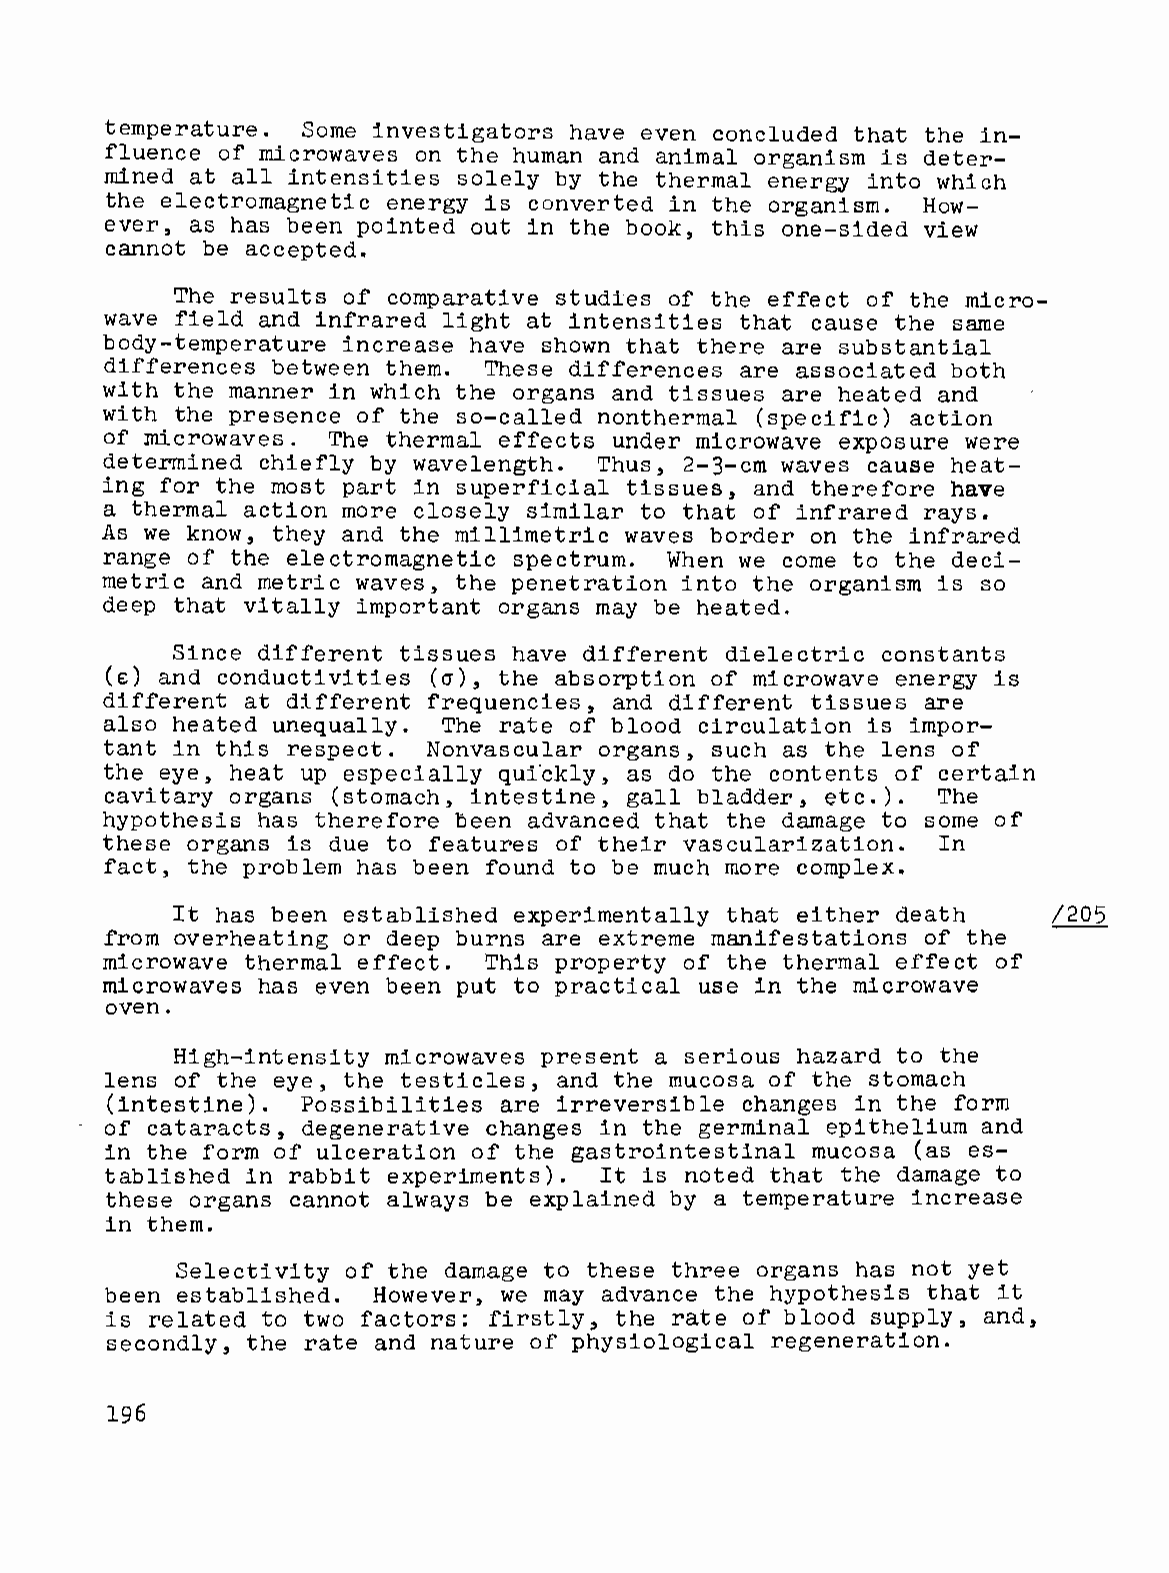
temperature. Some investigators have even concluded that the in
 fluence o~ microwaves on the human and animal organism is deter
 mined at all intensities solely by the thermal energy into which
 the electromagnetic energy is converted in the organism. How
 ever, as has been pointed out in the book, this one-sided view
 cannot be accepted.
 The results o~ comparative studies of the effect of the micro
 wave      and         light at intensities that cause the same
 ~ield    in~rared
 body-temperature increase have shown that there are sUbstantial
 di~~erences between them. These dif~erences are associated both
 with the manner in which the organs and tissues are heated and
 with the presence o~ the so-called nonthermal (specific) action
 of microwaves. The thermal effects under microwave exposure were
 determined chie~ly by wavelength. Thus, 2-3-cm waves cause heat
 ing for the most part in superficial tissues, and therefore have
 a thermal action more closely similar to that of infrared rays.
 As we know, they and the millimetric waves border on the infrared
 range   the electromagnetic spectrum. When we come to the deci
 o~
 metric and metric waves, the penetration into the organism is so
 deep that vitally important organs may be heated.
 Since          tissues have          dielectric constants
 dif~erent             dif~erent
 (e) and conductivities (0), the absorption of microwave energy is
 at          frequencies, and different tissues are
 dif~erent   di~ferent
 also heated unequally. The rate of blood circulation is impor
 tant in this respect. Nonvascular organs, such as the lens of
 the eye, heat up especially qui"ckly, as do the contents of certain
 cavitary organs (stomach, intestine, gall bladder, etc.). The
 hypothesis has therefore been advanced that the damage to some of
 these organs is due to features of their vascularization. In
 fact, the problem has been found to be much more complex.
 It has been established experimentally that either death   /205
 overheating or deep burns are extreme manifestations of the
 ~rom
 microwave thermal        This property of the thermal      of
 e~fect.                            e~fect
 microwaves has even been put to practical use in the microwave
 oven.
 High-intensity microwaves present a serious hazard to the
 lens of the eye, the testicles, and the mucosa of the stomach
 (intestine). Possibilities are irreversible changes in the form
 of cataracts, degenerative changes in the germinal epithelium and
 in the form o~ ulceration of the gastrointestinal mucosa (as es
 tablished in rabbit experiments). It is noted that the damage to
 these organs cannot always be explained by a temperature increase
 in them.
 Selectivity of the damage to these three organs has not yet
 been established. However, we may advance the hypothesis that it
 is related to two factors: firstly, the rate of blood supply, and,
 secondly, the rate and nature of physiological regeneration.
 196